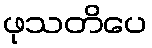
ဖုသတိပေ